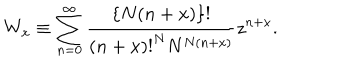
W _ { x } \equiv \sum _ { n = 0 } ^ { \infty } \frac { \{ N ( n + x ) \} ! } { { ( n + x ) ! } ^ { N } N ^ { N ( n + x ) } } z ^ { n + x } .